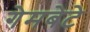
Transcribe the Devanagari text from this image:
गेमबेटे